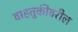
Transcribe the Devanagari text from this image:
वाहतुकीवरील